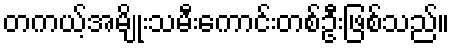
တကယ့်အမျိုးသမီးကောင်းတစ်ဦးဖြစ်သည်။